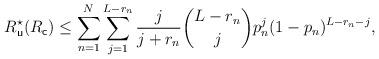
LaTeX: \begin{align*}R^\star_{\mathsf{u}} (R_{\mathsf{c}})&\le \sum_{n=1}^N\sum_{j=1}^{L-r_n}\frac{j}{j+r_n} \binom{L-r_n}{j} p_n^{j}(1-p_n)^{L-r_n-j}, \end{align*}